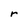
Character: r